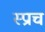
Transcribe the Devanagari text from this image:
स्प्राच